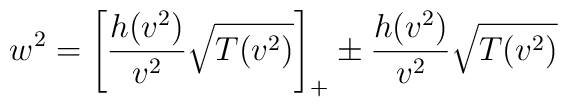
w^2 = \left[ \frac{h(v^2)}{v^{2}}\sqrt{T(v^2)} \right]_{+} \pm \frac{h(v^2)}{v^{2}}\sqrt{T(v^2)}